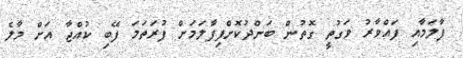
ފާލަމާއި ފައްވާރު ވަގުތީ ގޮތުން ބަންދުކޮށްފިފާލަމަށް ފުރަތަަމަ ފޭބި ކުއްޖާ އަށް މާލެ